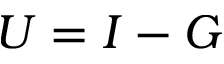
U = I - G